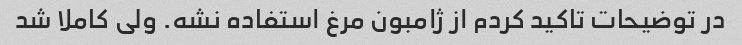
در توضیحات تاکید کردم از ژامبون مرغ استفاده نشه. ولی کاملا شد